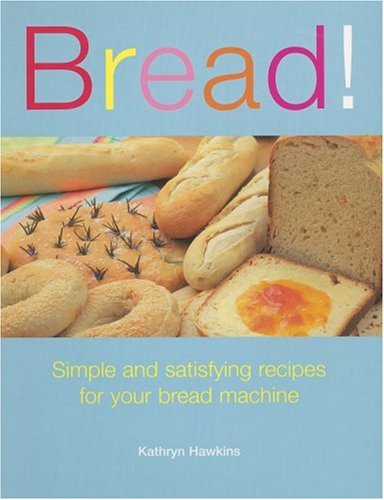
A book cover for Bread!: Simple and Satisfying Recipes for Your Bread Machine; Kathryn Hawkins; Cookbooks, Food & Wine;